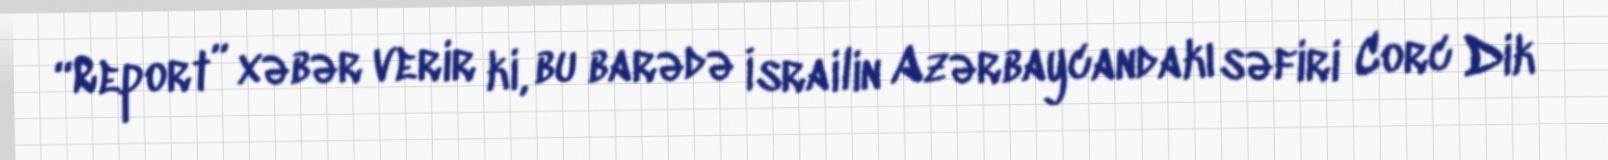
“Report” xəbər verir ki, bu barədə İsrailin Azərbaycandakı səfiri Corc Dik